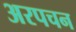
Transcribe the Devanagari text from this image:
अरपचन